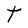
Character: T